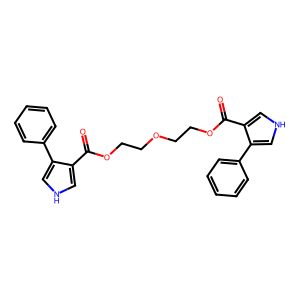
SMILES: O=C(OCCOCCOC(=O)c1c[nH]cc1-c1ccccc1)c1c[nH]cc1-c1ccccc1
Inhibits HIV replication: No